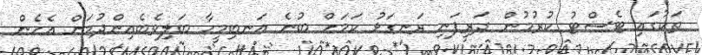
ތަކުގައި ޓެސްޓު ކުރުމުން ދަރިފަނި ރަނގަޅު ކަމަށް ބުނެ އަނބިމީހާ ބަލިވެބެއިންދުމަށް އެހެން